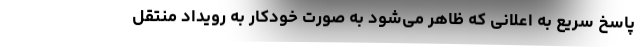
پاسخ سریع به اعلانی که ظاهر می‌شود به صورت خودکار به رویداد منتقل